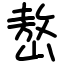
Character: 嶅